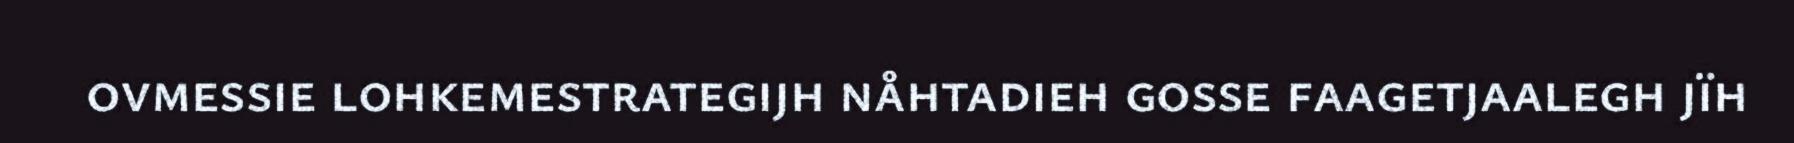
ovmessie lohkemestrategijh nåhtadieh gosse faagetjaalegh jïh